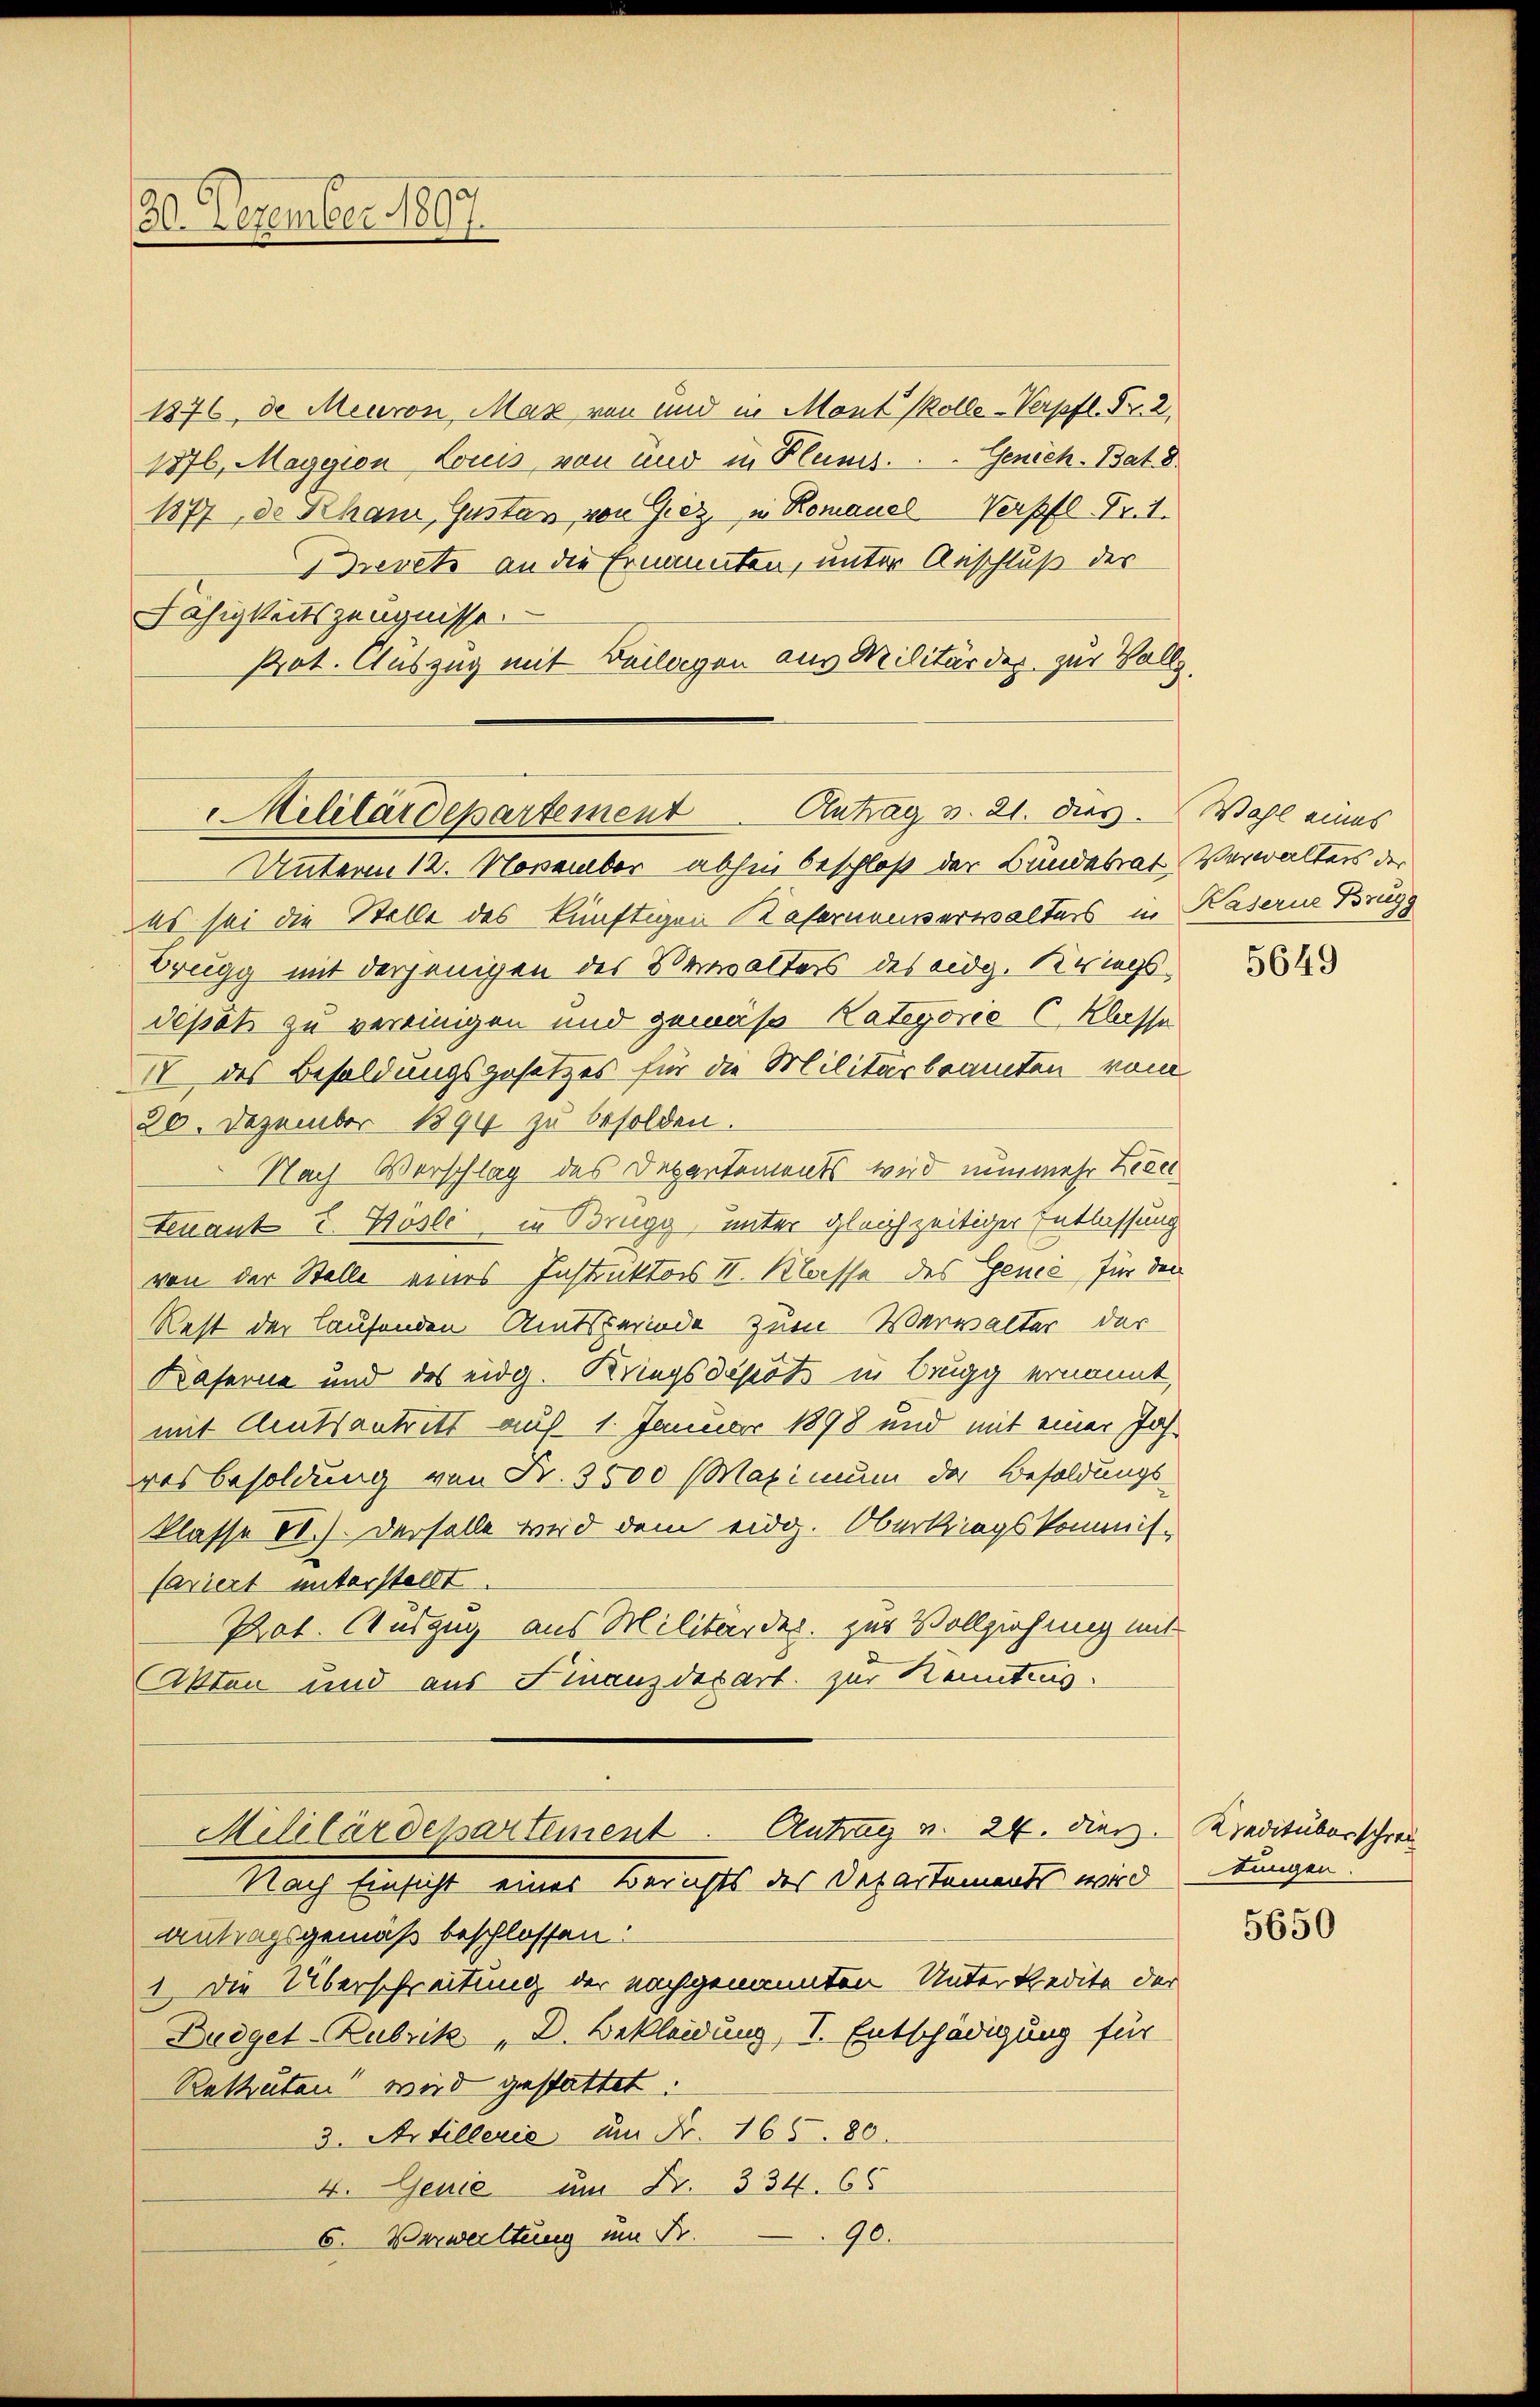
30. Dezember 1897.

1876, d. Meuron, Max von und in Mont (Rolle-Verpfl. Fr. 2.
1876, Maggion Louis von und in Planes. Genich-Bat. 8
1877, de Rham, Gustav von Graz, in Romaner Verpfl Frit
revets an die Ernannten, unter Anschluß des
Fähigkeitszeugnisse.
Prot. Auszug mit Beilagen aus Militärder zur Vollz

Militärdepartement Antrag v. 21. dies. Wahl eines

Unterm 12. November abhin beschloß der Bundesrat Verwalters der
es sei die Stelle des künftigen Kasernenverwalters in Kaserne Brugg
Bregg mit derjenigen der Verwalters des eidg. Kriegsdépét zu vereinigen und gemäß Kategorie 6 Klasse
IV des Besoldungsgesetzes für die Militärbeamten vom
20. Dezember 1894 zu besolden.
Nach Verschlag des Departements wird nunmehr Leder
tenant E. Koste, in Brugg, unter gleichzeitiger Entlassung
von der Stelle eines Instruktors II. Klasse des Genić, für den
Rest der laufenden Amtsberinde zum Verwalter der
Kaferne und des eidg. Kriegsdepots in Brugg ernannt,
mit Amtsantritt auf 1. Januar 1898 und mit einer Jahresbesoldung von Fr. 3500 (Maximum das Besoldungs-
klasse II). Derselbe wird dem eidg. Oberkriegskommis-
Caviert unterstellt.
Pat. Auszug aus Militärder. zur Vollziehung mit
Akten und aus Finanzdepart zur Kenntnis.

Militärdepartement. Antrag v. 24. dies. Kredituberschrei
Nach Einsicht eines Berichts des Departements wird
antragsgemäß beschlossen:

1. Die Überschreitung der nachgenannten Unterkredite der
Budget-Rubrik „D. Bekleidung, I. Entschädigung für

Rettuten wird gestattet.
3. Artillerie um Fr. 165. 80
4. Genie um Fr. 334. 65
90.
6. Verwaltung um Fr.

5649

tungen.

5650